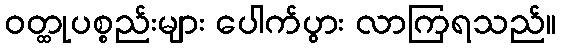
ဝတ္ထုပစ္စည်းများ ပေါက်ပွား လာကြရသည်။